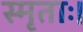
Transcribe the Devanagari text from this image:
स्मृताः।